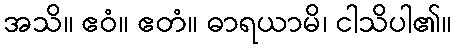
အသိ။ ဧဝံ။ ဧတံ။ ဓာရယာမိ၊ ငါသိပါ၏။